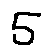
5